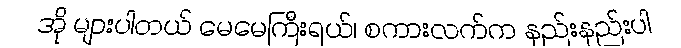
အို များပါတယ် မေမေကြီးရယ်၊ စကားလက်က နည်းနည်းပါ